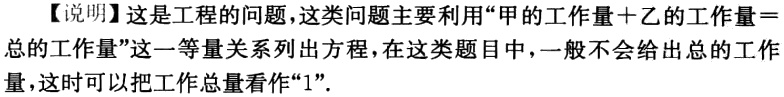
【说明】这是工程的问题，这类问题主要利用“甲的工作量＋乙的工作量＝总的工作量”这一等量关系列出方程，在这类题目中，一般不会给出总的工作量，这时可以把工作总量看作“1”.